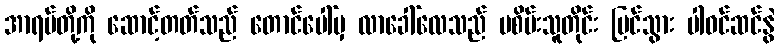
အာရပ်တို့ကို ဆောင့်တတ်သည် တောင်ပေါ်မှ လာခေါ်လေသည် မစိမ်းသူတိုင်း မြင်သွား ပါဝင်ဆင်နွဲ